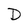
Character: D